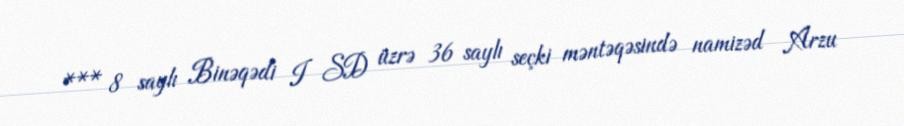
*** 8 saylı Binəqədi I SD üzrə 36 saylı seçki məntəqəsində namizəd Arzu